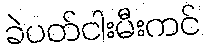
ခဲပတ်ငါးမီးကင်